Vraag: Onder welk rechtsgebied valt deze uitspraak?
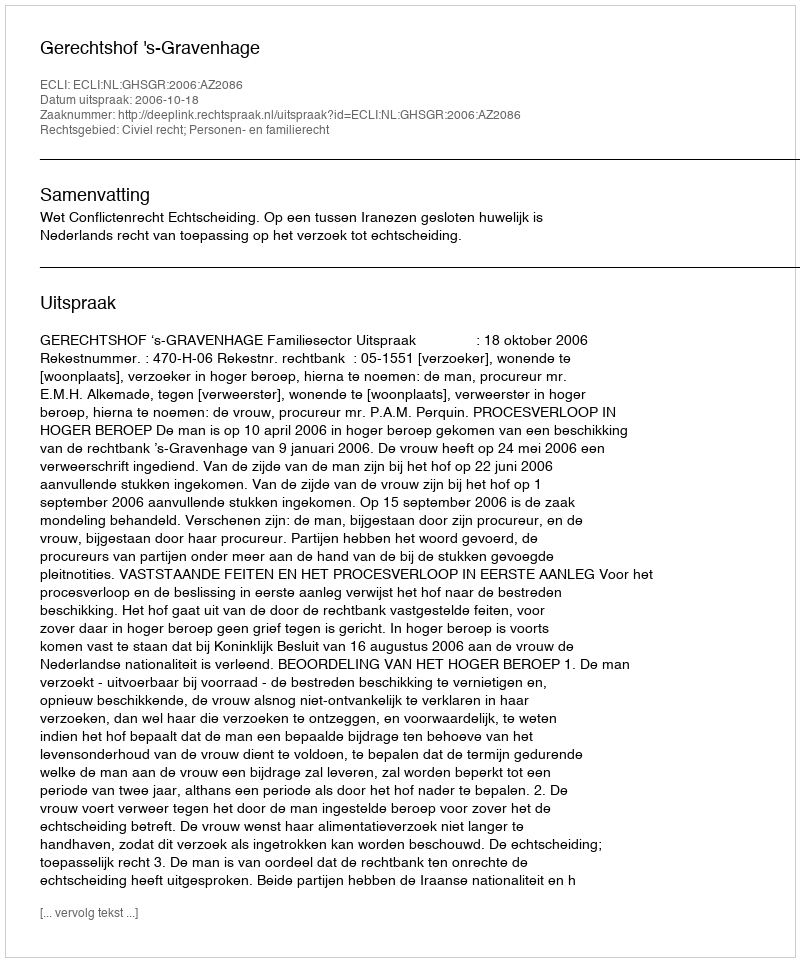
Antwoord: Civiel recht; Personen- en familierecht